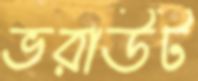
ভরাউট